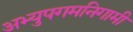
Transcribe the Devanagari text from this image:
अभ्युपगमनिगामी